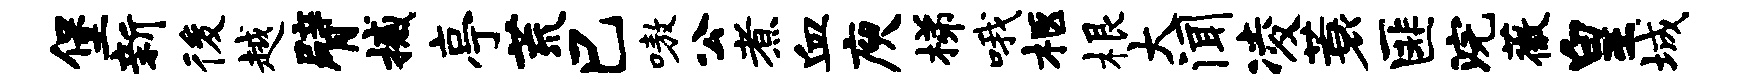
堡新後越臂撼亭荒巳嗷公煮血庾梯哦柩根大闻凌蓑匪浣薇皇城